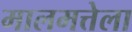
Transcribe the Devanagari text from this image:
मालमत्तेला